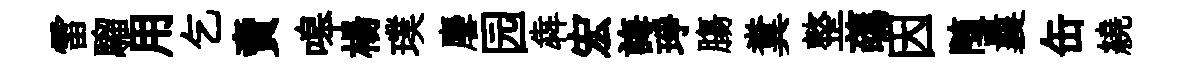
雷騮用乞𧶠嗥楊璞麐园犇宏誨琤膓糞整蘤因随曩缶繞